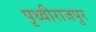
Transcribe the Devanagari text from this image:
पृथ्वीराजपुर